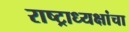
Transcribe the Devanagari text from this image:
राष्ट्राध्यक्षांचा